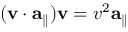
( \mathbf { v } \cdot \mathbf { a } _ { \parallel } ) \mathbf { v } = v ^ { 2 } \mathbf { a } _ { \parallel }